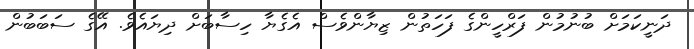
ދަނީކަމަށް ބުނުމުން ފަރްހީންގެ ފަހަތުން ޒިޔާންވެސް އެގެޔާ ހިސާބަށް ދިޔައެވެ. އޭގެ ސަބަބުން